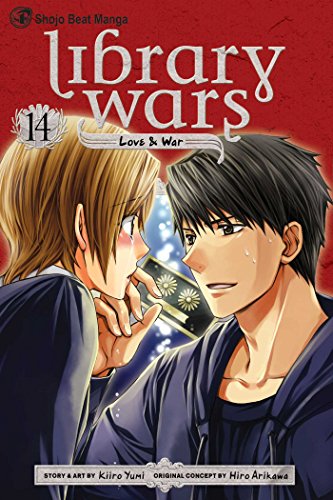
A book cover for Library Wars: Love & War, Vol. 14; Kiiro Yumi; Comics & Graphic Novels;